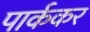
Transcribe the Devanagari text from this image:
पार्ककर